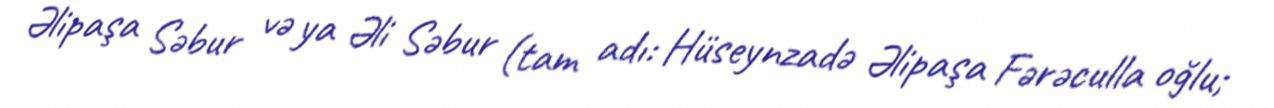
Əlipaşa Səbur və ya Əli Səbur (tam adı: Hüseynzadə Əlipaşa Fərəculla oğlu;